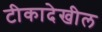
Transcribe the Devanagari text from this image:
टीकादेखील